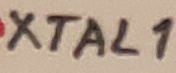
Text: XTAL1